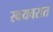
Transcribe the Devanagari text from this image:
स्वयवरात